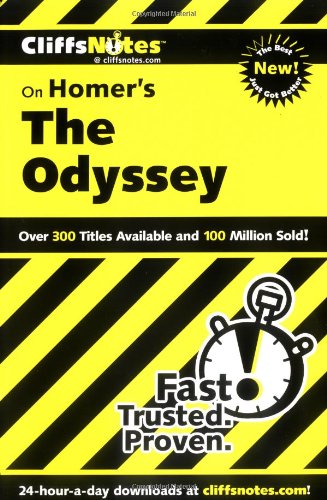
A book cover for CliffsNotes on Homer's Odyssey (Cliffsnotes Literature Guides); Stanley P Baldwin; Literature & Fiction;